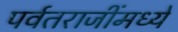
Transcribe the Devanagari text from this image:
पर्वतराजींमध्ये